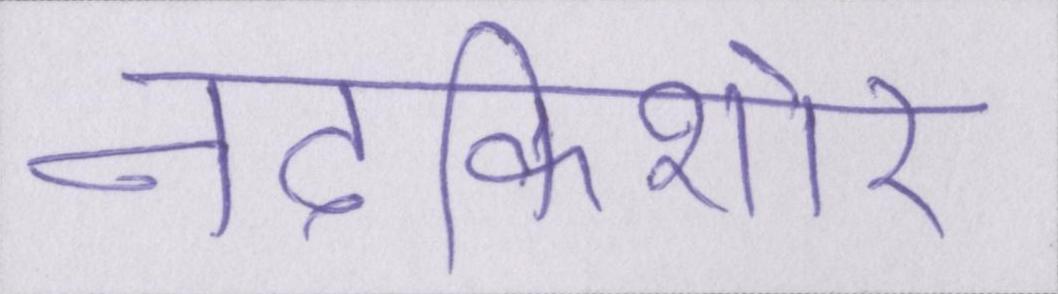
नंदकिशोर